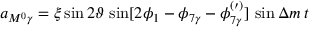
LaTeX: a _ { M ^ { 0 } \gamma } = \xi \sin 2 { \vartheta } \, \sin [ 2 \phi _ { 1 } - \phi _ { 7 \gamma } - \phi _ { 7 \gamma } ^ { ( \prime ) } ] \, \sin \Delta m \, t